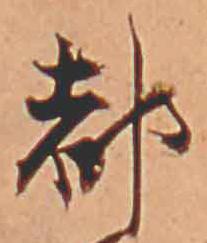
都